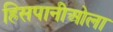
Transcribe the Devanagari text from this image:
हिसपानीओला